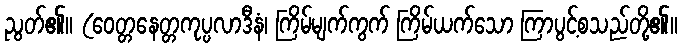
ညွတ်၏။ (ဝေတ္တနေတ္တကုပ္ပလာဒီနံ၊ ကြိမ်မျက်ကွက် ကြိမ်ယက်သော ကြာပွင့်စသည်တို့၏။